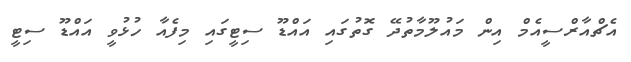
އެޗްއާރްސީއެމް އިން މައުލޫމާތުދޭ ގޮތުގައި އައްޑޫ ސިޓީގައި މިފެއާ ހުޅުވީ އައްޑޫ ސިޓީ